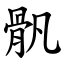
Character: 骪